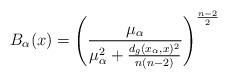
LaTeX: \begin{align*} B_\alpha(x) = \left(\frac{\mu_\alpha}{\mu_\alpha^2 + \frac{d_g(x_\alpha,x)^2}{n(n-2)}}\right)^{\frac{n-2}{2}} \end{align*}